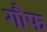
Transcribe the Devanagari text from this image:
गौफ